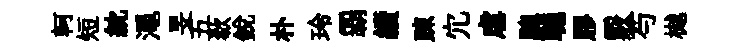
軻短紞澠旻五欷銳朴玲覇續踈宂虐驄聴膠覈芍樾